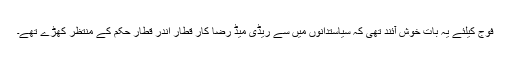
فوج کیلئے یہ بات خوش آئند تھی کہ سیاستدانوں میں سے ریڈی میڈ رضا کار قطار اندر قطار حکم کے منتظر کھڑے تھے۔